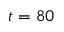
t = 8 0